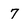
Character: 7